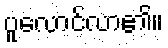
ပူလောင်လာ၏။